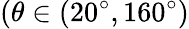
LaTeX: (\theta\in(20^{\circ},160^{\circ})